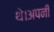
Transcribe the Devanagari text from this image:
थे।अपनी